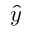
\hat { y }